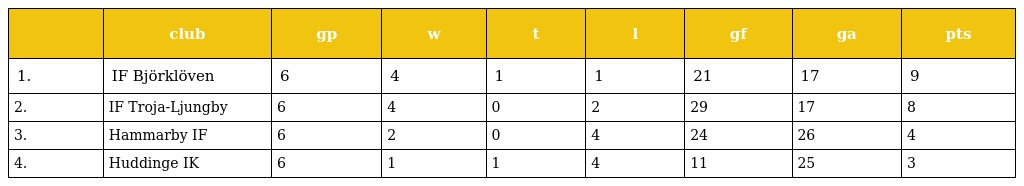
|  | club | gp | w | t | l | gf | ga | pts |
 | --- | --- | --- | --- | --- | --- | --- | --- | --- |
 | 1. | IF Björklöven | 6 | 4 | 1 | 1 | 21 | 17 | 9 |
 | 2. | IF Troja-Ljungby | 6 | 4 | 0 | 2 | 29 | 17 | 8 |
 | 3. | Hammarby IF | 6 | 2 | 0 | 4 | 24 | 26 | 4 |
 | 4. | Huddinge IK | 6 | 1 | 1 | 4 | 11 | 25 | 3 |